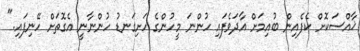
ޚާއްސަކޮށް ކެފެއިން ބުއިމަށް އާދަވެފައި ހުންނަ މީހުންގެ ހަށިގަނޑު ހުންނާނީ އެގޮތަށް ހޭނިފައި."